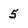
Character: 5